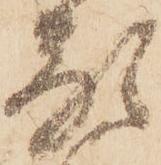
顕